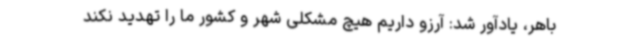
باهر، یادآور شد: آرزو داریم هیچ مشکلی شهر و کشور ما را تهدید نکند